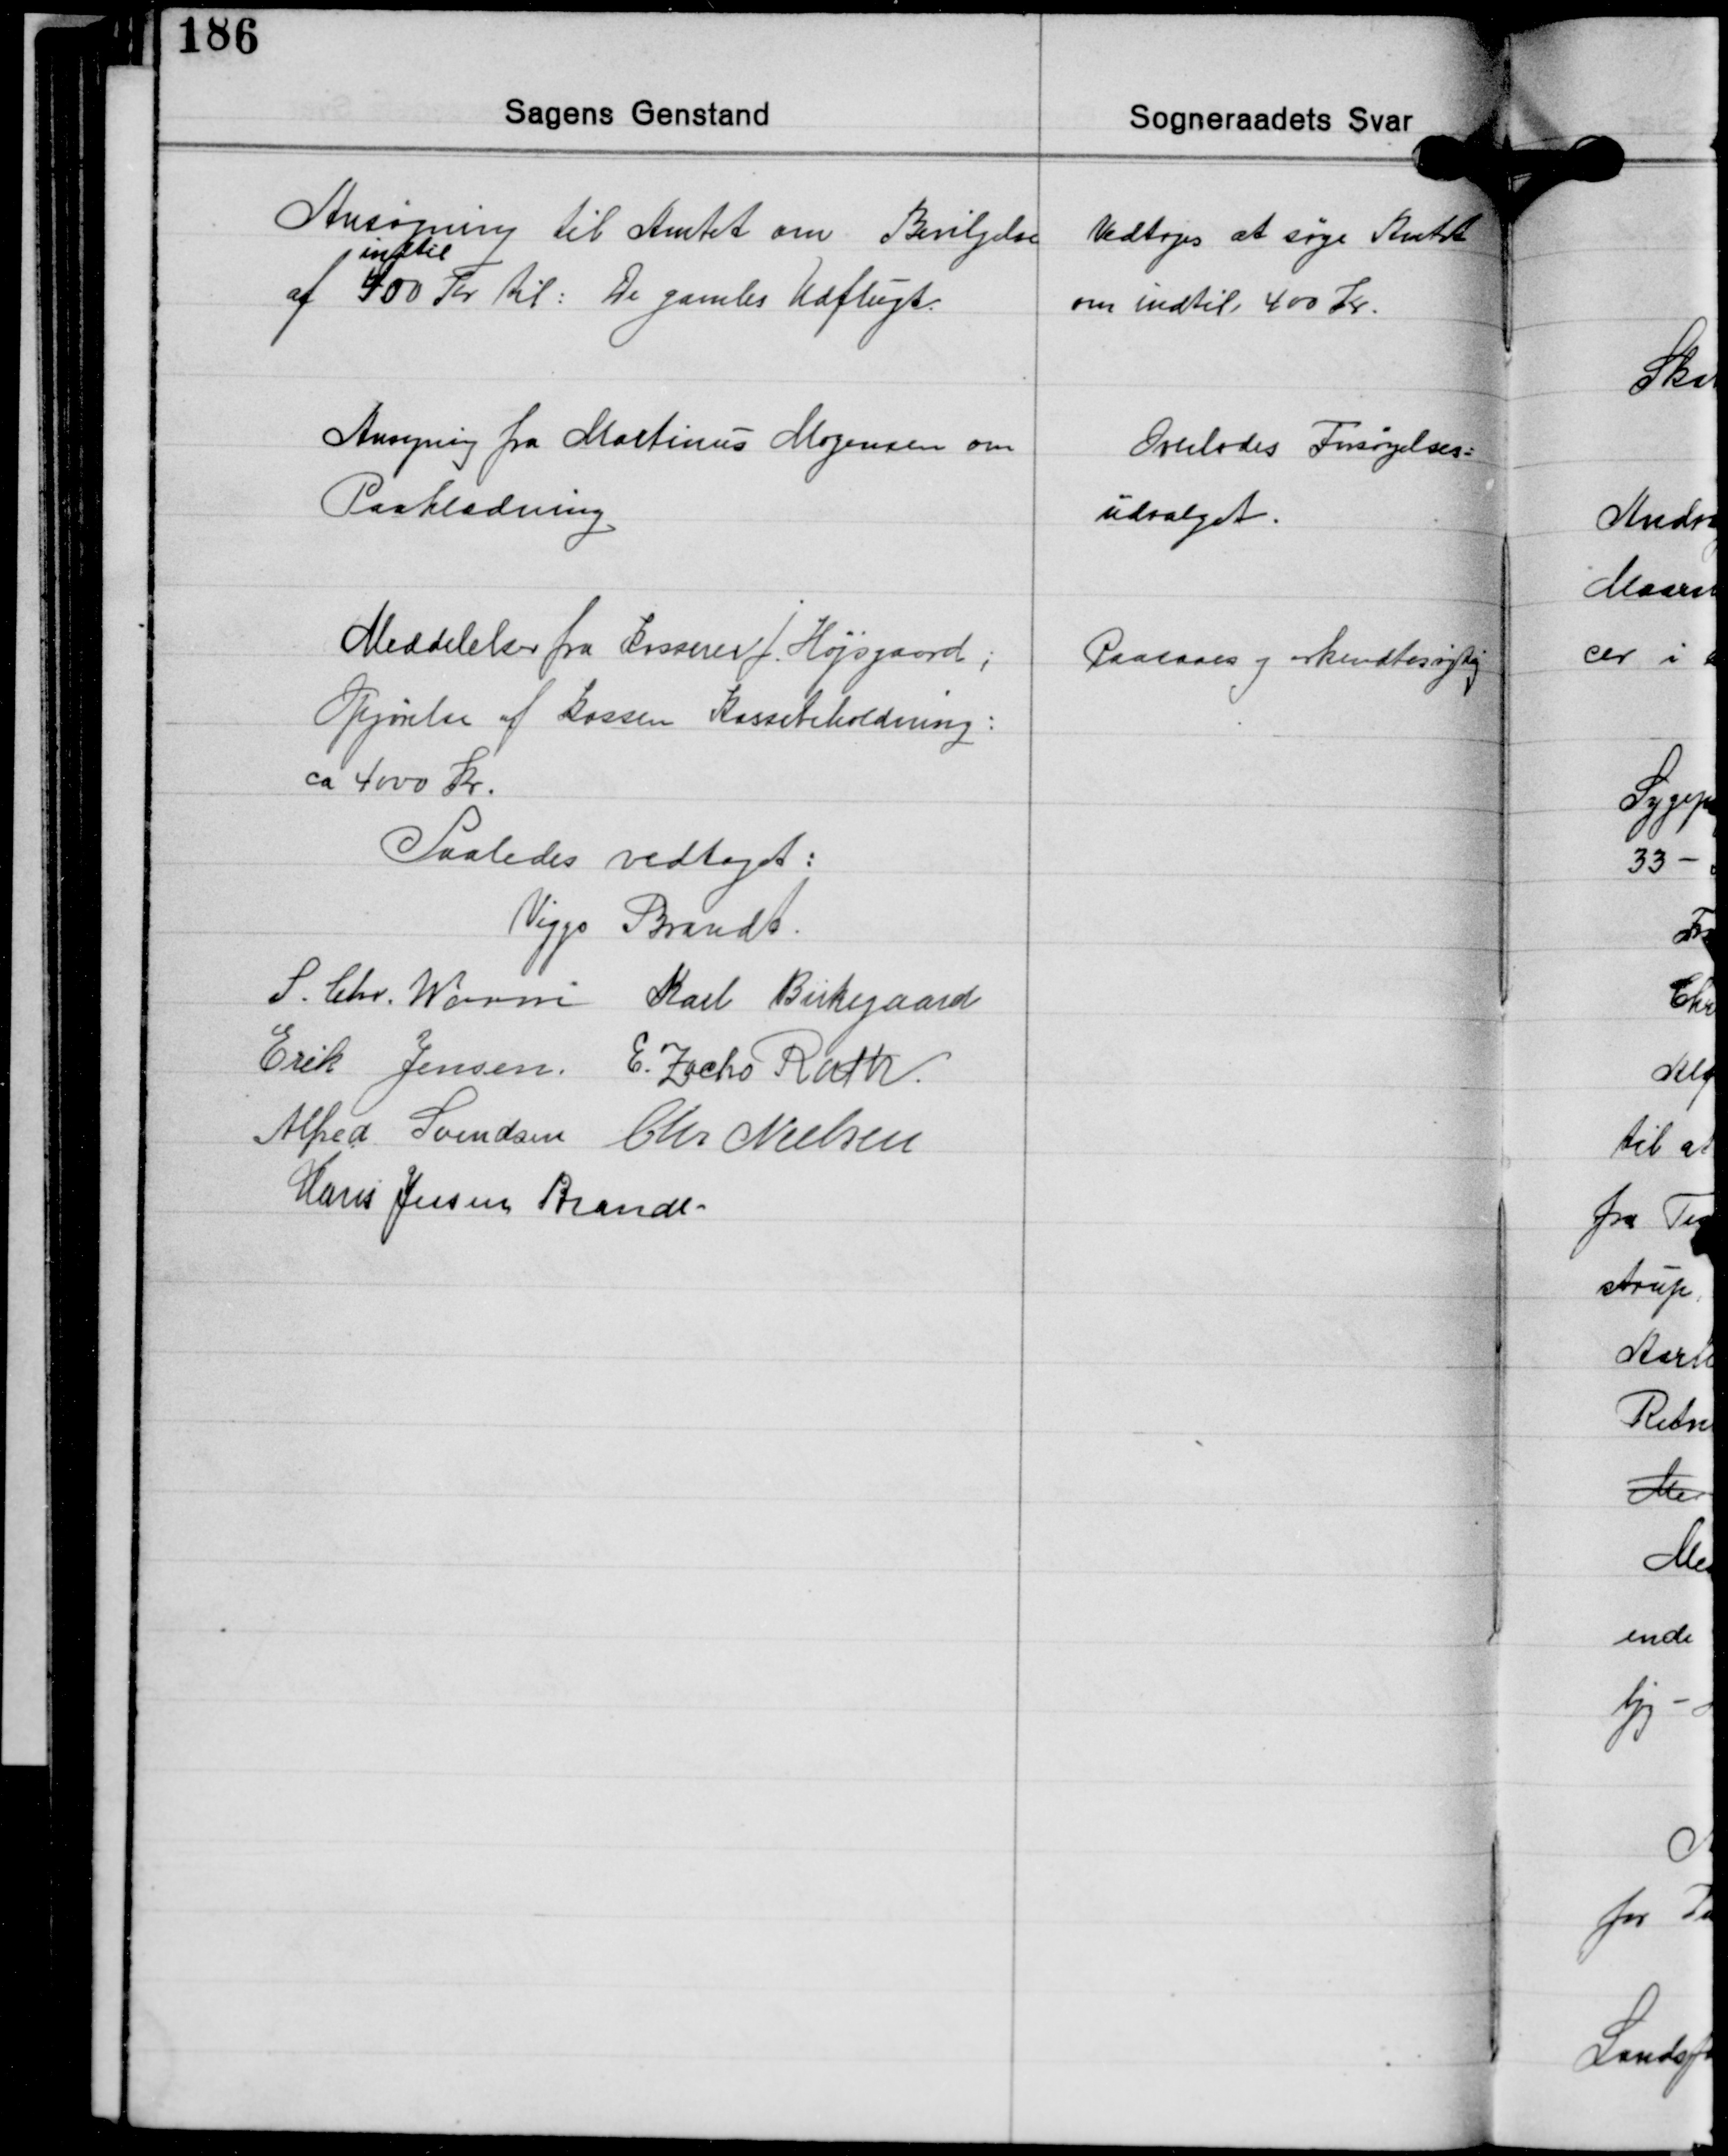
Transskription:
Ansøgning til Amtet om Bevilgelse
indtil
af 400 Kr. til: De gamles Udflugt.

Vedtoges at søge Amtet
om indtil 400 Kr.

Ansøgning fra Martinus Mogensen om
Paaklædning

Overlodes Forsørgelses-
udvalget.

Meddelelse fra Kasserer J. Højsgaard;
Opgørelse af Kassen Kassebeholdning:
ca 4000 Kr.

Paasaaes og erkendtes rigtig.

Saaledes vedtaget:
Viggo Brandt
S. Chr. Worm Karl Birkegaard
Erik Jensen E. Zacho Rath
Alfred Svendsen Chr. Nielsen
Hans Jessen Brandt